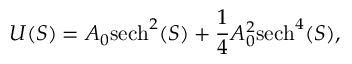
U ( S ) = A _ { 0 } \mathrm { s e c h } ^ { 2 } ( S ) + \frac { 1 } { 4 } A _ { 0 } ^ { 2 } \mathrm { s e c h } ^ { 4 } ( S ) ,